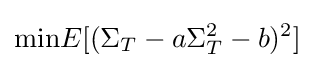
{\text{min}}E[(\Sigma _{T}-a\Sigma _{T}^{2}-b)^{2}]